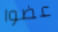
عضوا